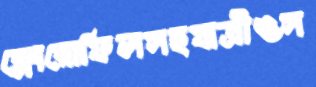
ক্লোরোফিলসহযাত্রীওস